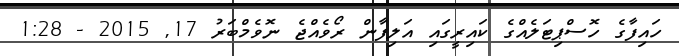
ހައިފާގެ ހޮސްޕިޓަލެއްގެ ކައިރީގައި އަލިފާން ރޯވެއްޖެ ނޮވެމްބަރު 17